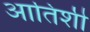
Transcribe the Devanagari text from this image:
आतिशी